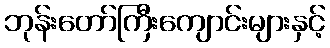
ဘုန်းတော်ကြီးကျောင်းများနှင့်